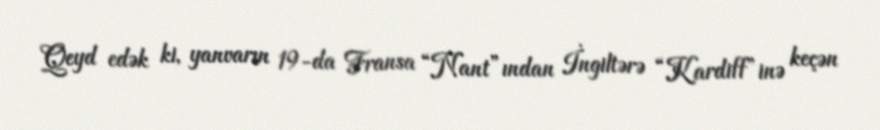
Qeyd edək ki, yanvarın 19-da Fransa “Nant”ından İngiltərə “Kardiff”inə keçən